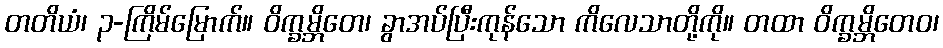
တတိယံ၊ ၃-ကြိမ်မြောက်။ ဝိက္ခမ္ဘိတေ၊ ခွာအပ်ပြီးကုန်သော ကိလေသာတို့ကို။ တထာ ဝိက္ခမ္ဘိတေဝ၊